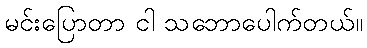
မင်းပြောတာ ငါ သဘောပေါက်တယ်။